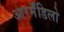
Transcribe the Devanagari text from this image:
आरर्मॅडिलो